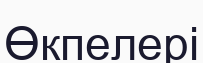
Өкпелері